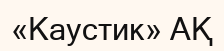
«Каустик» АҚ